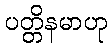
ပတ္တိနမာဟု